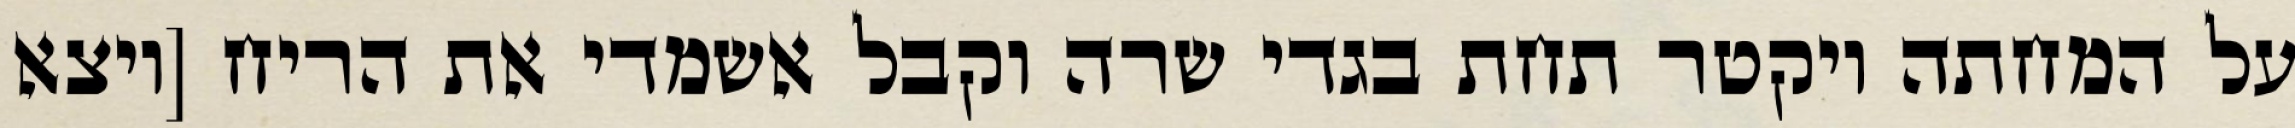
על המחתה ויקטר תחת בגדי שרה וקבל אשמדי את הריח [ויצא